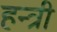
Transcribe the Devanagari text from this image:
हन्त्री